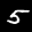
Label: 5